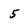
Character: 5